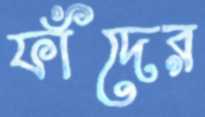
ফাঁদের